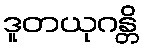
ဒူတယုဂန္တိ